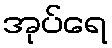
အုပ်ရေ